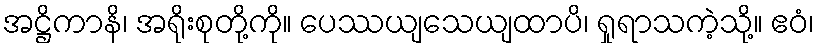
အဋ္ဌိကာနိ၊ အရိုးစုတို့ကို။ ပေဿယျသေယျထာပိ၊ ရှုရာသကဲ့သို့။ ဧဝံ၊